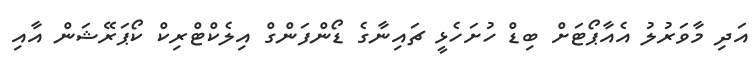
އަދި މާވަރުލު އެއާޕޯޓަށް ބިޑް ހުށަހެޅީ ޗައިނާގެ ޑޯންފަންގް އިލެކްޓްރިކް ކޯޕަރޭޝަން އާއި